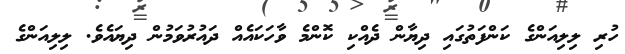
ހުރި ލިލިއަންގެ ކަންފަތުގައި ދިޔާން ދެއްކި ކޮންމެ ވާހަކައެއް ދައުރުވަމުން ދިޔައެވެ. ލިލިއަންގެ